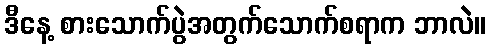
ဒီနေ့ စားသောက်ပွဲအတွက်သောက်စရာက ဘာလဲ။